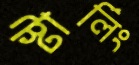
স্টার্লিং